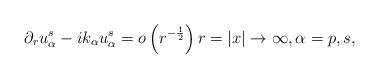
LaTeX: \begin{align*}\partial_r u^{s}_{\alpha} - ik_{\alpha}u^{s}_{\alpha} = o\left(r^{-\frac{1}{2}}\right) r=|x| \to \infty, \alpha = p, s,\end{align*}